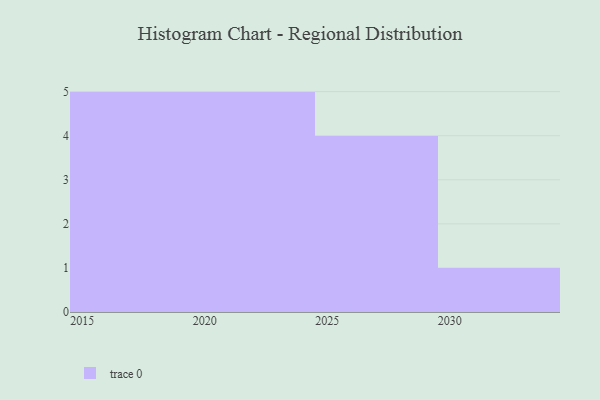
{"axis": {"x": "Year", "y": "Conversion Rate (%)"}, "legend": [""], "data": [{"x": "2028", "y": 45, "type": ""}, {"x": "2030", "y": 53, "type": ""}, {"x": "2023", "y": 70, "type": ""}, {"x": "2016", "y": 16, "type": ""}, {"x": "2027", "y": 16, "type": ""}, {"x": "2018", "y": 80, "type": ""}, {"x": "2022", "y": 27, "type": ""}, {"x": "2021", "y": 88, "type": ""}, {"x": "2024", "y": 60, "type": ""}, {"x": "2019", "y": 13, "type": ""}, {"x": "2020", "y": 95, "type": ""}, {"x": "2015", "y": 36, "type": ""}, {"x": "2029", "y": 41, "type": ""}, {"x": "2017", "y": 3, "type": ""}, {"x": "2026", "y": 42, "type": ""}]}